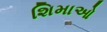
શિમાઓ